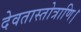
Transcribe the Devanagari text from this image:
देवतास्तोत्राणि।